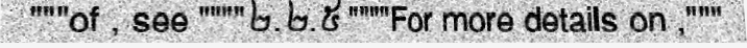
"""of , see """"២.២.៥ """"For more details on ,"""